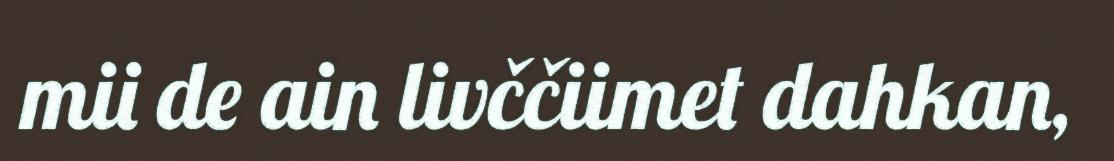
mii de ain livččiimet dahkan,